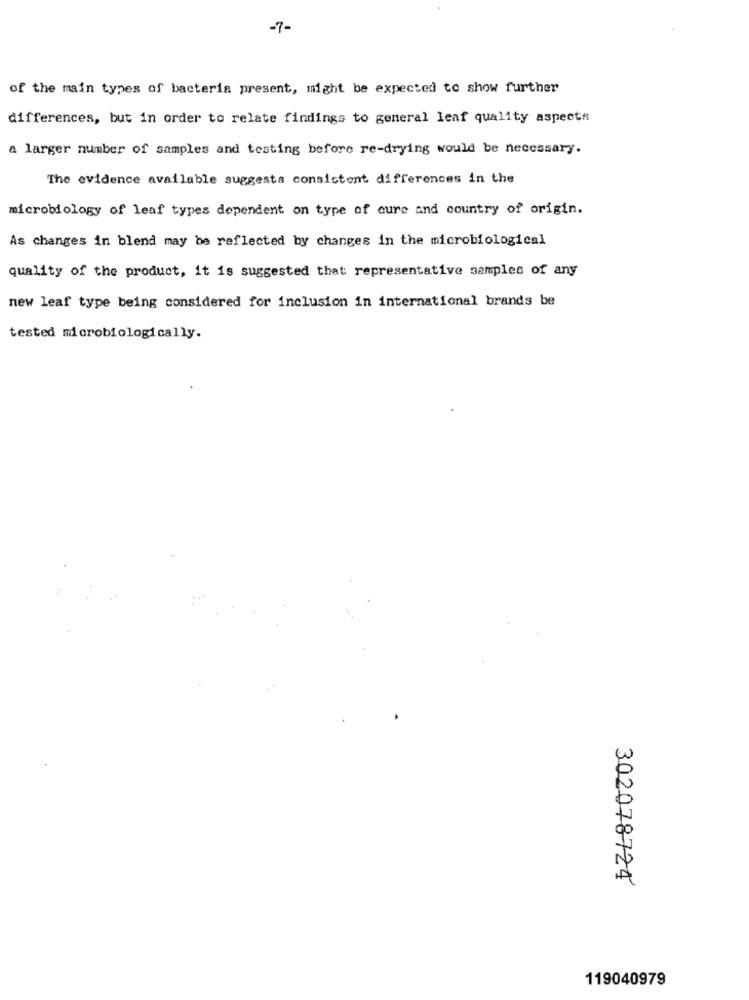
-7-
of the main types of bacteria present, might be expected to show further
differences, but in order to relate findings to general leaf quality aspects
a larger number of samples and testing before re-drying would be necessary.
The evidence available suggests consistent differences in the
microbiology of leaf types dependent on type of cure and country of origin.
As changes in blend may be reflected by changes in the microbiological
quality of the product, it is suggested that representative samples of any
new leaf type being considered for inclusion in international brands be
tested microbiologically.
302078724
119040979